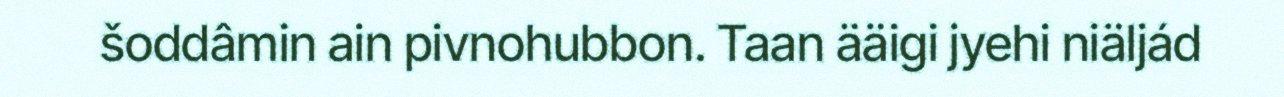
šoddâmin ain pivnohubbon. Taan ääigi jyehi niäljád